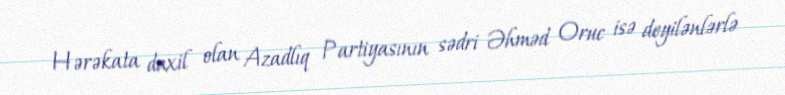
Hərəkata daxil olan Azadlıq Partiyasının sədri Əhməd Oruc isə deyilənlərlə